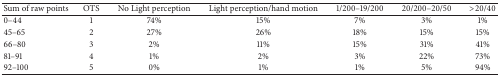
| Sum of raw points | OTS | No Light perception | Light perception/hand motion | 1/200–19/200 | 20/200–20/50 | >20/40 |
 | --- | --- | --- | --- | --- | --- | --- |
 | 0–44 | 1 | 74% | 15% | 7% | 3% | 1% |
 | 45–65 | 2 | 27% | 26% | 18% | 15% | 15% |
 | 66–80 | 3 | 2% | 11% | 15% | 31% | 41% |
 | 81–91 | 4 | 1% | 2% | 3% | 22% | 73% |
 | 92–100 | 5 | 0% | 1% | 1% | 5% | 94% |